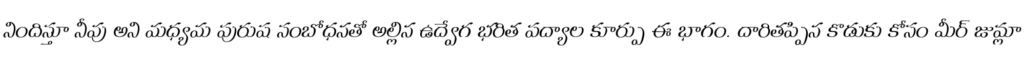
నిందిస్తూ నీవు అని మధ్యమ పురుష సంబోధనతో అల్లిన ఉద్వేగ భరిత పద్యాల కూర్పు ఈ భాగం. దారితప్పిన కొడుకు కోసం మీర్ జుమ్లా